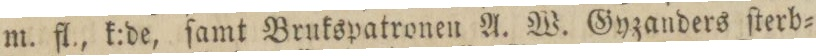
m. fl., k:de, ſamt Brukspatronen A. W. Gyzanders ſterb=